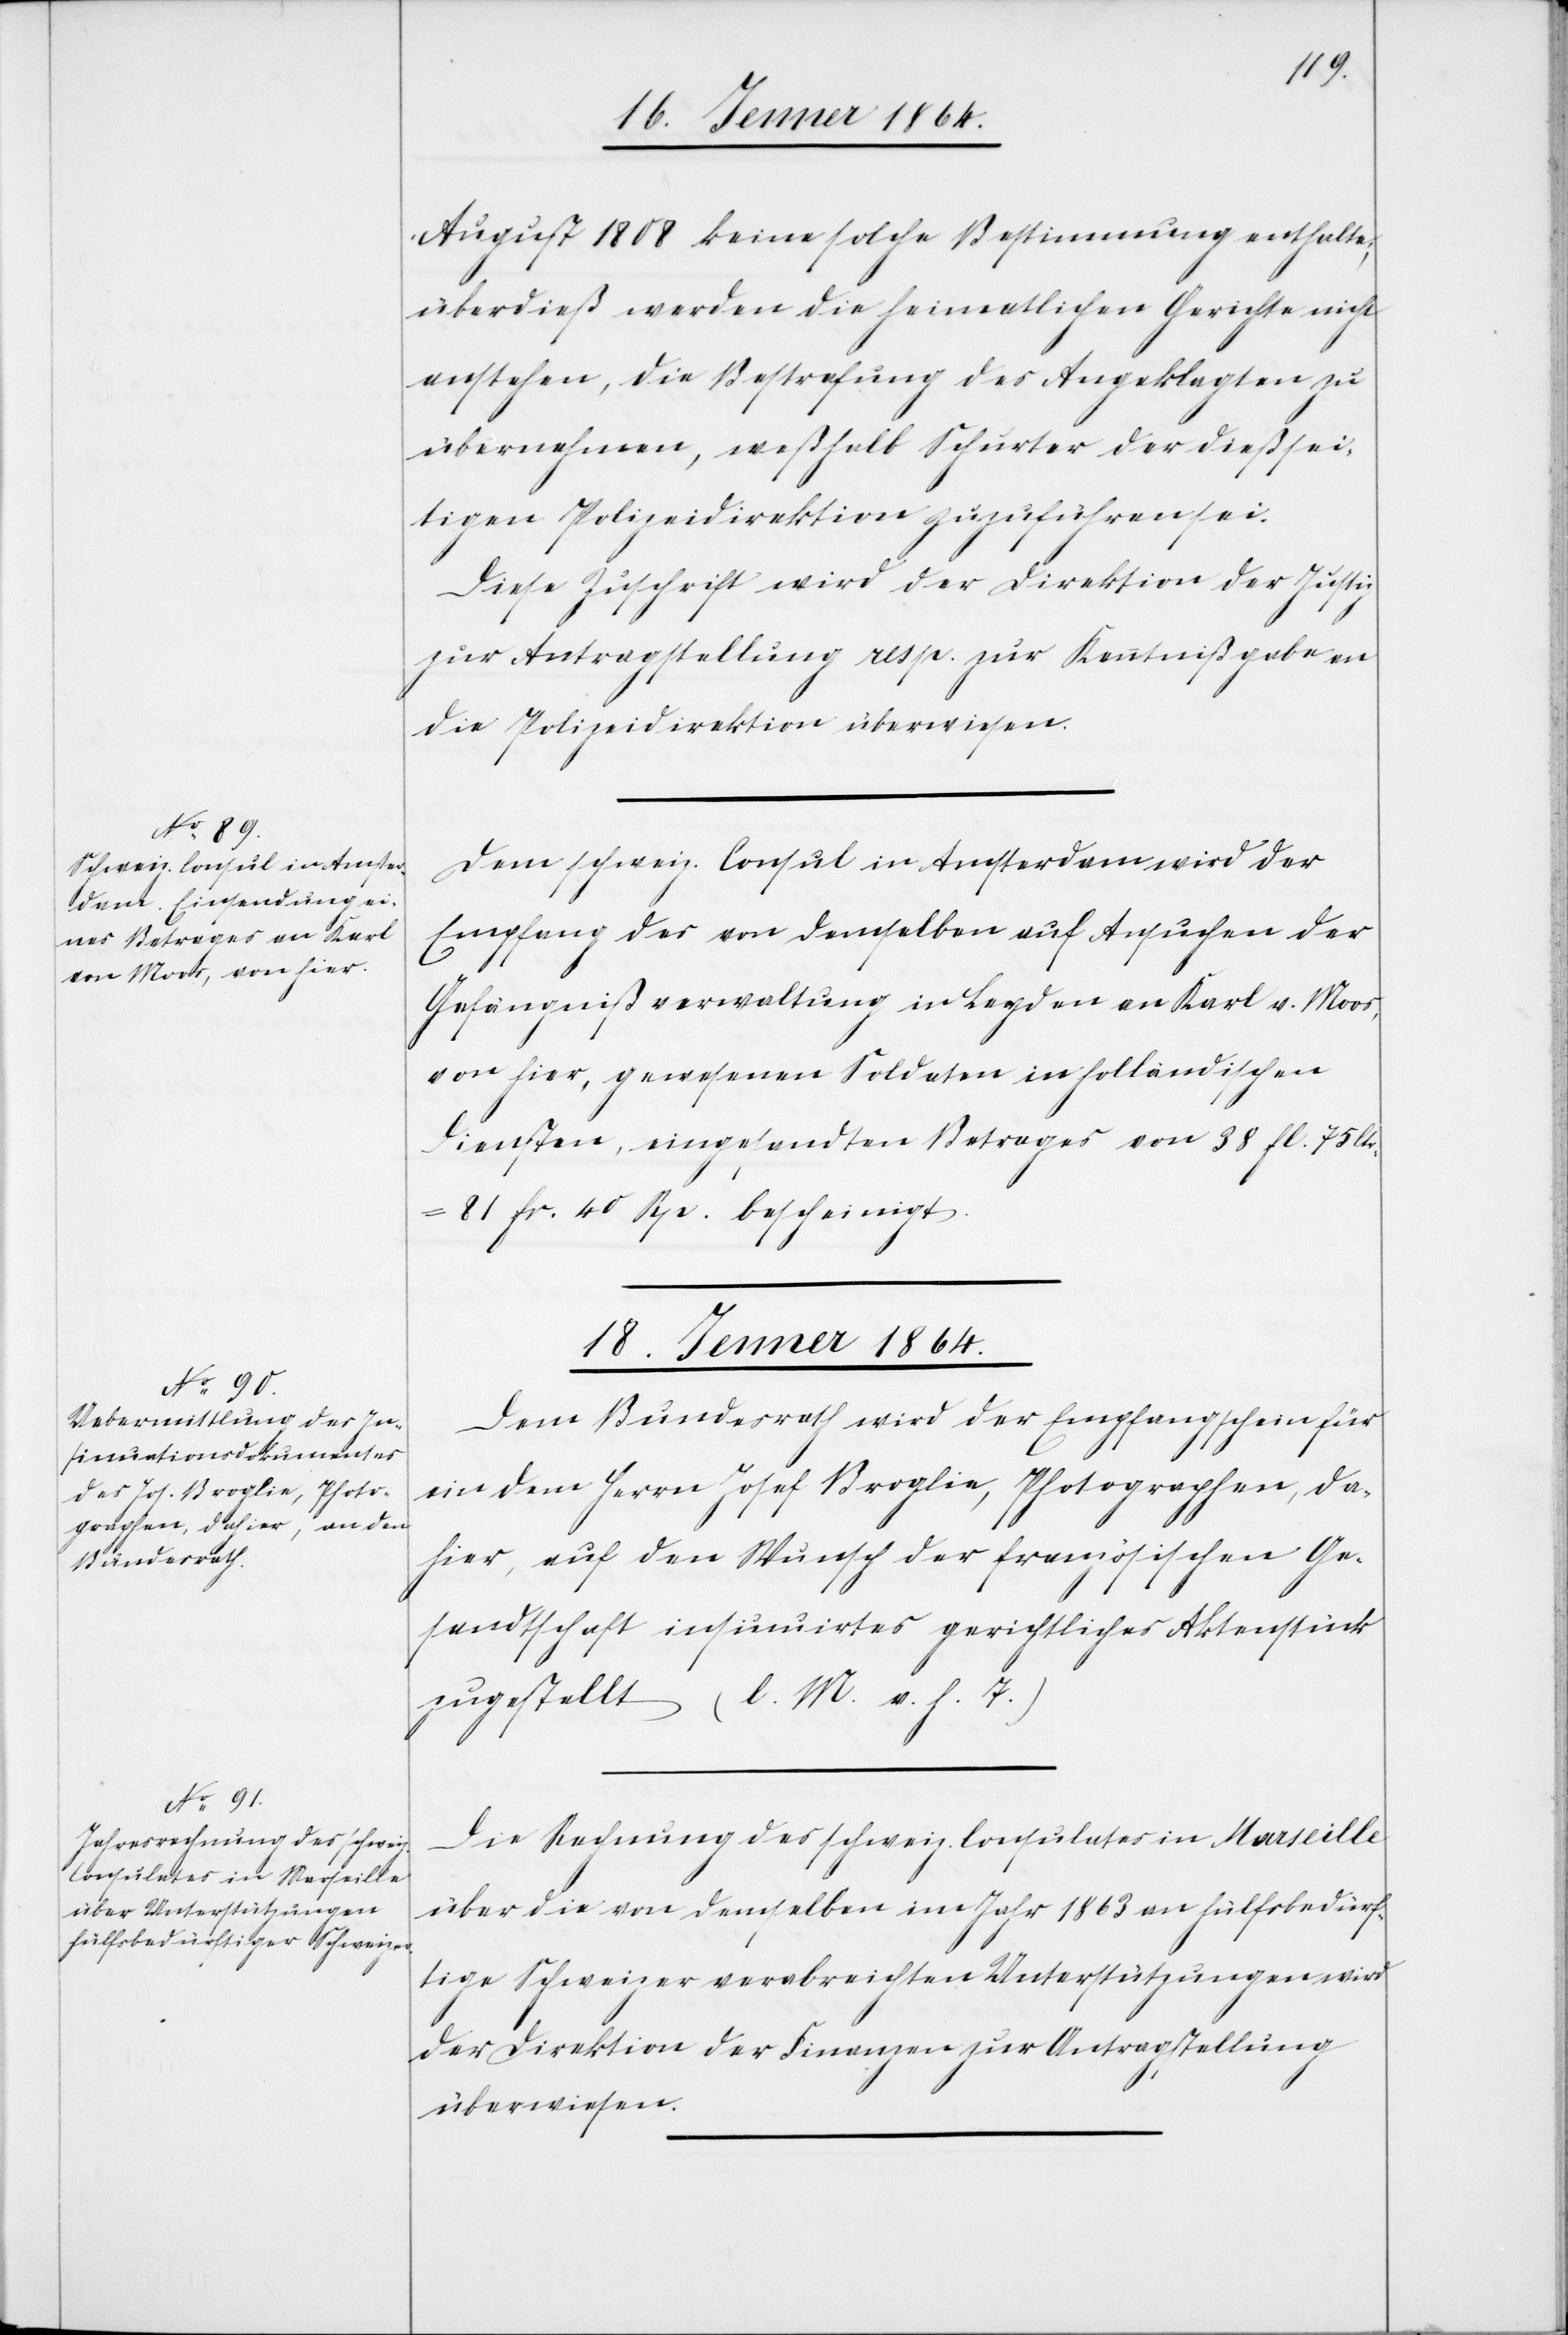
August 1808 keine solche Bestimmung enthalte;
überdieß werden die heimatlichen Gerichte nicht
anstehen, die Bestrafung des Angeklagten zu
übernehmen, weßhalb Schurter der dießsei¬
tigen Polizeidirektion zuzuführen sei.
Diese Zuschrift wird der Direktion der Justiz
zur Antragstellung resp. zur Kenntnißgabe an
die Polizeidirektion überwiesen.
Dem schweiz. Consul in Amsterdam wird der
Empfang der von demselben auf Ansuchen der
Gefängnißverwaltung in Leyden an Karl v. Moos,
von hier, gewesenen Soldaten in holländischen
Diensten, eingesandten Betrages von 38 fl. 75 Ctr.
81 fr. 40 Rp. bescheinigt.
18. Jenner 1864.]
Dem Bundesrath wird der Empfang für
ein dem Herrn Josef Broglin, Photographen, da¬
hier, auf den Wunsch der französischen Ge¬
sandtschaft insinuirtes gerichtliches Aktenstück
zugestellt (l. M. v. h. T.)
Die Rechnung des schweiz. Consulates in Marseille
über die von demselben im Jahr 1863 an hülfsbedürf¬
tige Schweizer verabreichten Unterstützungen wird
der Direktion der Finanzen zur Antragstellung
überwiesen.